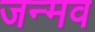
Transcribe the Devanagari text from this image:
जन्मव